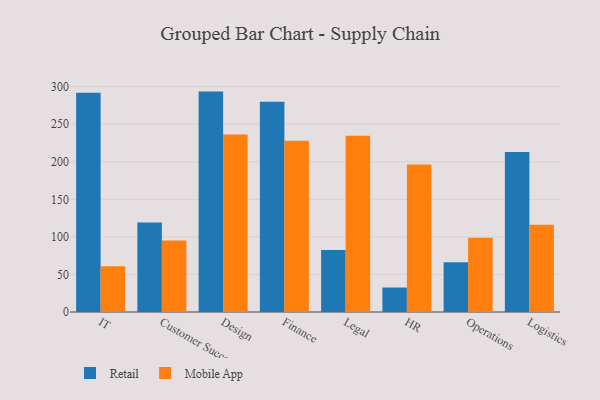
{"axis": {"x": "Department", "y": "Population (Million)"}, "legend": ["Mobile App", "Retail"], "data": [{"x": "IT", "y": 292.0, "type": "Retail"}, {"x": "IT", "y": 60.8, "type": "Mobile App"}, {"x": "Customer Success", "y": 119.3, "type": "Retail"}, {"x": "Customer Success", "y": 95.2, "type": "Mobile App"}, {"x": "Design", "y": 293.5, "type": "Retail"}, {"x": "Design", "y": 236.4, "type": "Mobile App"}, {"x": "Finance", "y": 280.0, "type": "Retail"}, {"x": "Finance", "y": 228.0, "type": "Mobile App"}, {"x": "Legal", "y": 82.6, "type": "Retail"}, {"x": "Legal", "y": 234.7, "type": "Mobile App"}, {"x": "HR", "y": 32.6, "type": "Retail"}, {"x": "HR", "y": 196.4, "type": "Mobile App"}, {"x": "Operations", "y": 66.1, "type": "Retail"}, {"x": "Operations", "y": 98.8, "type": "Mobile App"}, {"x": "Logistics", "y": 213.2, "type": "Retail"}, {"x": "Logistics", "y": 116.3, "type": "Mobile App"}]}